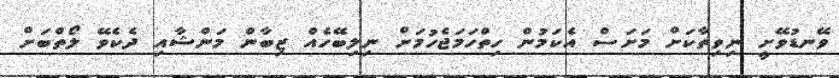
ވޭނޑުވޭށީ ނިވިތާކަށް މަށަސް އެކަމުން ހިތްހަމަޖެހުމަށް ނިލިބޭހެއް ޒިބާން މަންޝާއި ދެކެވޭ ލޯތްބަށް